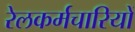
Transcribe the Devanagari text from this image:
रेलकर्मचारियों